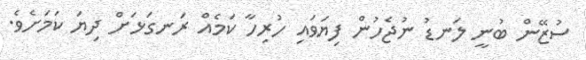
ސުޒޭން ބުނީ ލަނޑު ނުޖެހުން ފިޔަވައި ހުރިހާ ކަމެއް ރަނގަޅަށް ދިޔަ ކަމަށެވެ.